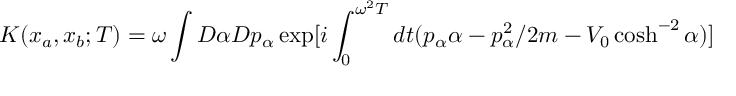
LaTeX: K ( x _ { a } , x _ { b } ; T ) = \omega \int D \alpha D p _ { \alpha } \exp [ i \int _ { 0 } ^ { \omega ^ { 2 } T } d t ( p _ { \alpha } \alpha - p _ { \alpha } ^ { 2 } / 2 m - V _ { 0 } \cosh ^ { - 2 } \alpha ) ]